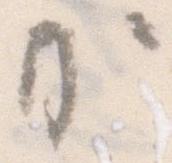
か